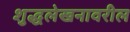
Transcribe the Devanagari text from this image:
शुद्धलेखनावरील